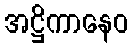
အဋ္ဌိကာနေဝ